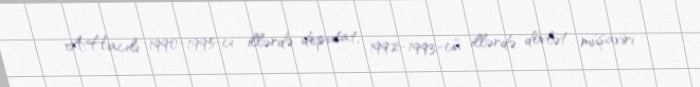
A.Hacılı 1990-1995-ci illərdə deputat, 1992-1993-cü illərdə dövlət müşaviri